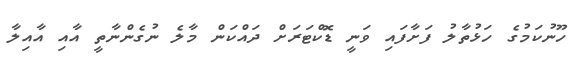
ހޫނުކަމުގެ ހަޅުތާލު ފަށާފައި ވަނީ ޑޮކްޓަރަށް ދައްކަން މާލެ ނުގެންނާތީ އާއި އާއިލާ